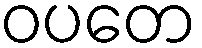
ဝပတေ